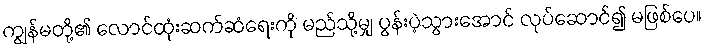
ကျွန်မတို့၏ လောင်ထုံးဆက်ဆံရေးကို မည်သို့မျှ ပွန်းပဲ့သွားအောင် လုပ်ဆောင်၍ မဖြစ်ပေ။